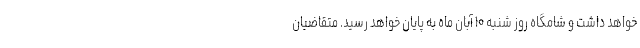
خواهد داشت و شامگاه روز شنبه ۱۰ آبان ماه به پایان خواهد رسید. متقاضيان